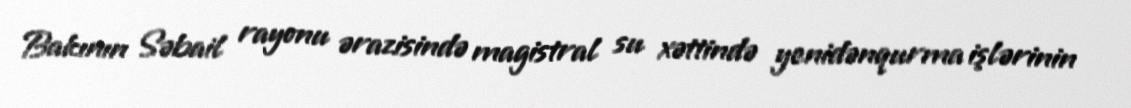
Bakının Səbail rayonu ərazisində magistral su xəttində yenidənqurma işlərinin